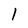
Character: l